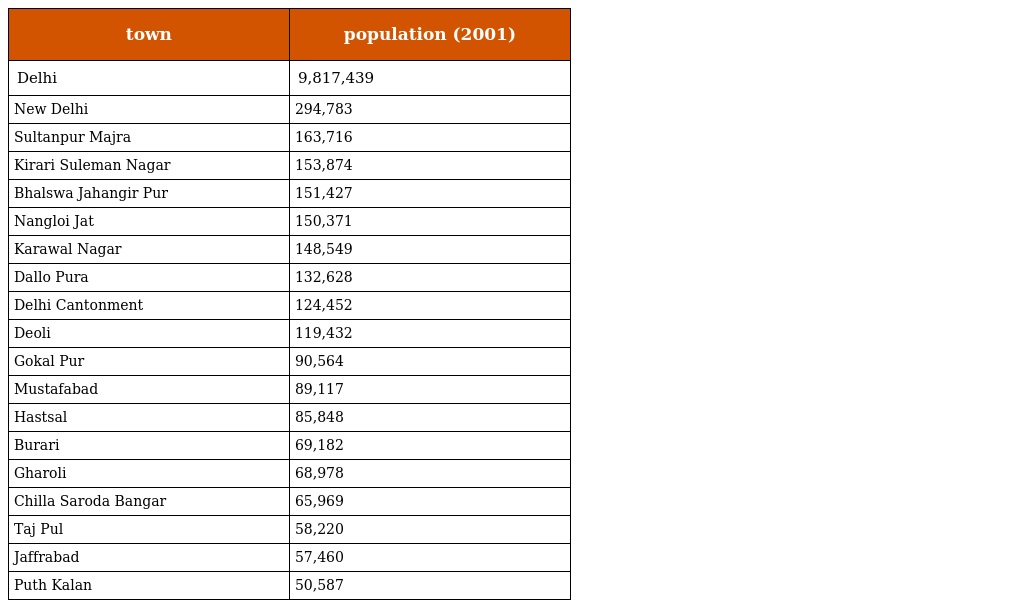
| town | population (2001) |
 | --- | --- |
 | Delhi | 9,817,439 |
 | New Delhi | 294,783 |
 | Sultanpur Majra | 163,716 |
 | Kirari Suleman Nagar | 153,874 |
 | Bhalswa Jahangir Pur | 151,427 |
 | Nangloi Jat | 150,371 |
 | Karawal Nagar | 148,549 |
 | Dallo Pura | 132,628 |
 | Delhi Cantonment | 124,452 |
 | Deoli | 119,432 |
 | Gokal Pur | 90,564 |
 | Mustafabad | 89,117 |
 | Hastsal | 85,848 |
 | Burari | 69,182 |
 | Gharoli | 68,978 |
 | Chilla Saroda Bangar | 65,969 |
 | Taj Pul | 58,220 |
 | Jaffrabad | 57,460 |
 | Puth Kalan | 50,587 |